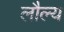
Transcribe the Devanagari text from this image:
लौल्य